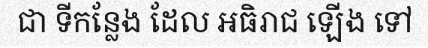
ជា ទីកន្លែង ដែល អធិរាជ ឡើង ទៅ